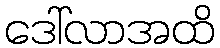
ဒေါ်လာအထိ